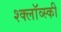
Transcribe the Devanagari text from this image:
श्क्लॉव्स्की